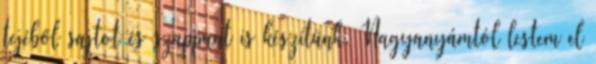
tejéből sajtot és szappant is készítünk. Nagyanyámtól lestem el